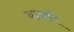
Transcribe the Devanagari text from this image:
बानरों